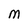
Character: M